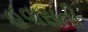
હવાસની